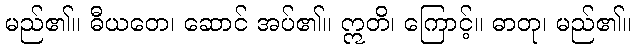
မည်၏။ ဓီယတေ၊ ဆောင် အပ်၏။ ဣတိ၊ ကြောင့်။ ဓာတု၊ မည်၏။